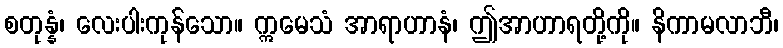
စတုန္နံ၊ လေးပါးကုန်သော။ ဣမေသံ အာရာဟာနံ၊ ဤအာဟာရတို့ကို။ နိကာမလာဘီ၊